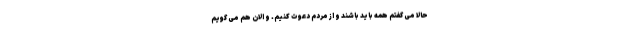
حالا می گفتم همه باید باشند و از مردم دعوت کنیم. و الان هم می گویم